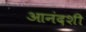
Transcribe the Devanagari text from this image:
आनंदशी